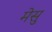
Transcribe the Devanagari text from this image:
मेसु